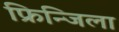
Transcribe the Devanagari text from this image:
फ्रिन्जिला